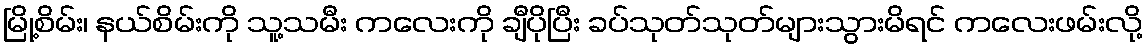
မြို့စိမ်း၊ နယ်စိမ်းကို သူ့သမီး ကလေးကို ချီပိုပြီး ခပ်သုတ်သုတ်များသွားမိရင် ကလေးဖမ်းလို့